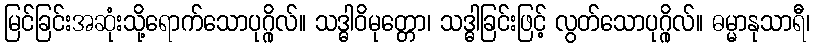
မြင်ခြင်းအဆုံးသို့ရောက်သောပုဂ္ဂိုလ်။ သဒ္ဓါဝိမုတ္တော၊ သဒ္ဓါခြင်းဖြင့် လွတ်သောပုဂ္ဂိုလ်။ ဓမ္မာနုသာရီ၊